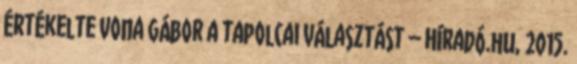
értékelte Vona Gábor a tapolcai választást – Híradó.hu, 2015.